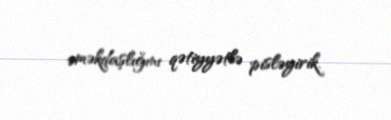
əməkdaşlığını qətiyyətlə pisləyirik.